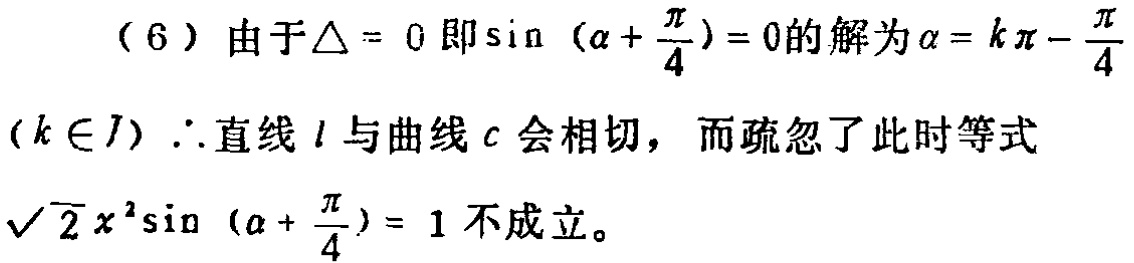
（6）由于$\triangle = 0$即$\sin(\alpha+\frac{\pi}{4}) = 0$的解为$\alpha = k\pi-\frac{\pi}{4}$$(k\in J)$.$\therefore$直线$l$与曲线$c$会相切，而疏忽了此时等式$\sqrt{2}x^{2}\sin(\alpha+\frac{\pi}{4}) = 1$不成立。